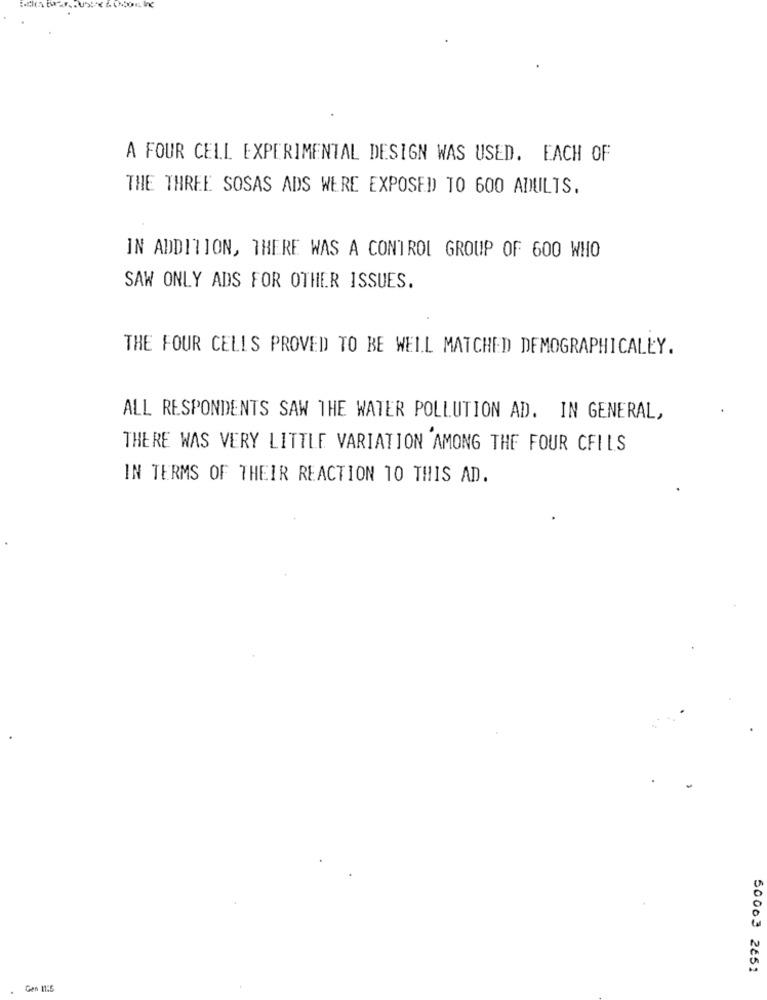
A FOUR CELL EXPERIMENTAL DESIGN WAS USED. EACH OF
THE THREE SOSAS ADS WERE EXPOSED TO 600 ADULTS.
IN ADDITION, THERE WAS A CONTROL GROUP OF 600 WHO
SAW ONLY ADS FOR OTHER ISSUES.
THE FOUR CELLS PROVED TO BE WELL MATCHED DEMOGRAPHICALLY.
ALL RESPONDENTS SAW THE WATER POLLUTION AD. IN GENERAL,
THERE WAS VERY LITTLE VARIATION AMONG THE FOUR CFILS
IN TERMS OF THEIR REACTION TO THIS AD.
50003 2651
Ges 11:5